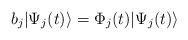
LaTeX: \begin{align*}b_j|\Psi_j(t)\rangle = \Phi_j(t)|\Psi_j(t)\rangle \end{align*}